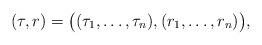
LaTeX: \begin{align*}(\tau,r)=\bigl((\tau_1,\ldots,\tau_n),(r_1,\ldots,r_n)\bigr),\end{align*}